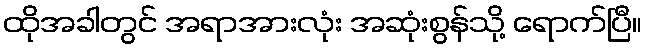
ထိုအခါတွင် အရာအားလုံး အဆုံးစွန်သို့ ရောက်ပြီ။